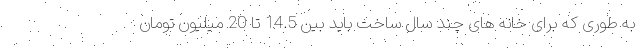
به طوری که برای خانه های چند سال ساخت باید بین 14.5 تا 20 میلیون تومان